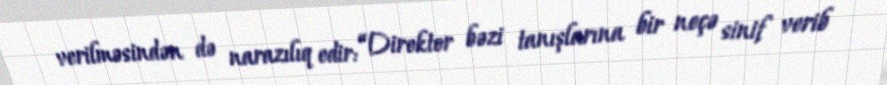
verilməsindən də narazılıq edir: “Direktor bəzi tanışlarına bir neçə sinif verib